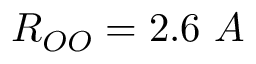
R _ { O O } = 2 . 6 \ A